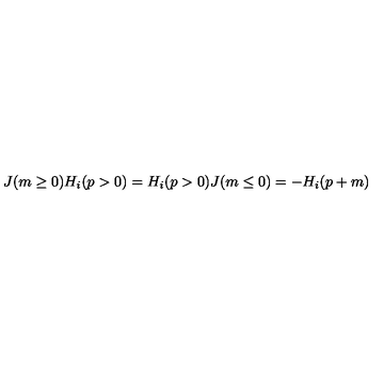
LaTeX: J ( m \ge 0 ) H _ { i } ( p > 0 ) = H _ { i } ( p > 0 ) J ( m \le 0 ) = - H _ { i } ( p + m )